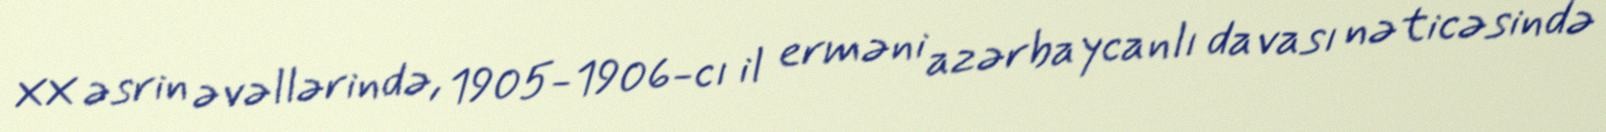
XX əsrin əvəllərində, 1905-1906-cı il erməni azərbaycanlı davası nəticəsində